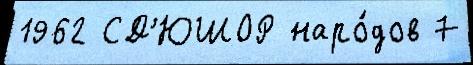
1962 СД'ЮШОР наро́дов 7